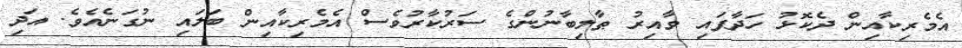
އެމެރިކާއިން ދެކޮޅު ހަދާފައި ވާއިރު ޠާލިބާނުންގެ ސަރުކާރުވެސް އެމެރިކާއިން ބަލައި ނުގަނެއެވެ. އަދި